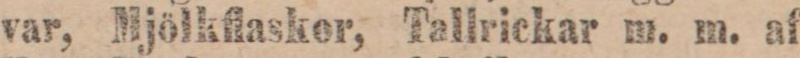
var, Mjölkflaskor, Tallrickar m. m. af